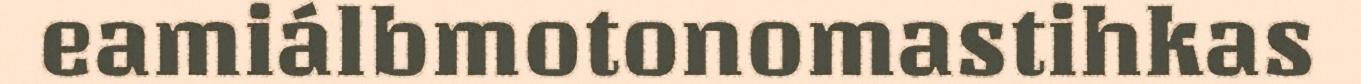
eamiálbmotonomastihkas